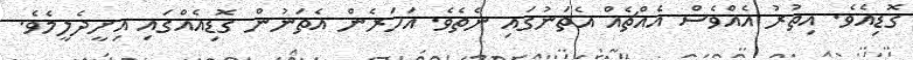
ގޮޑިއެވެ. އިތުރު އެއްވެސް އެއްޗެއް އެތަނުގައި ނެތެވެ. އަހަރެން އެތަނުން ގޮޑިއެއްގައި އިށީދެލީމެވެ.